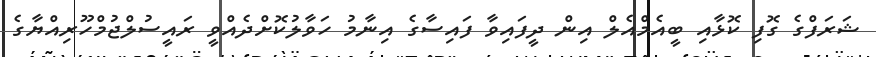
ޝަރަފްގެ ގޮފި ކޮޅާއި ބީއެމްއެލް އިން ދީފައިވާ ފައިސާގެ އިނާމު ހަވާލުކޮށްދެއްވީ ރައީސުލްޖުމްހޫރިއްޔާގެ